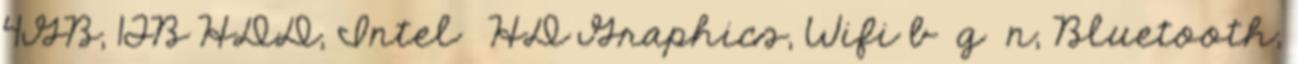
4GB, 1TB HDD, Intel® HD Graphics, Wifi b g n, Bluetooth,